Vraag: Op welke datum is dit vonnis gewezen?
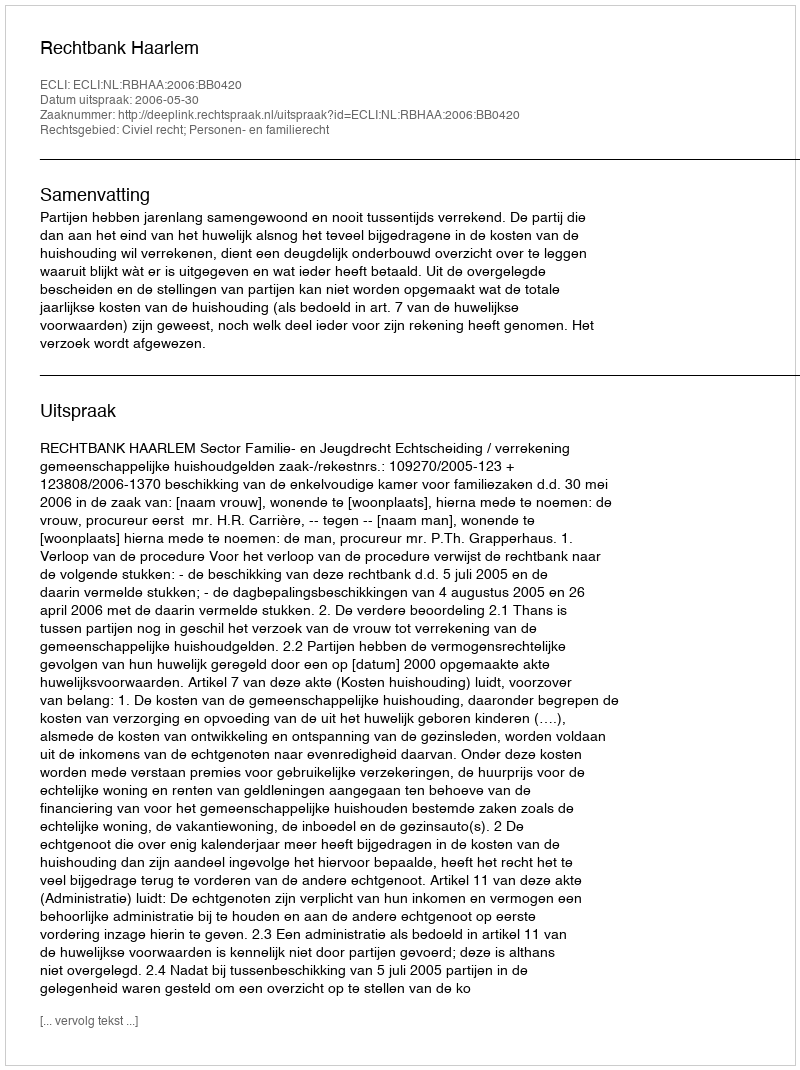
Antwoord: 2006-05-30